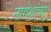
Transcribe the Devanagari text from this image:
नागेशांच्या